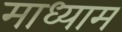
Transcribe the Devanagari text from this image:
माध्याम